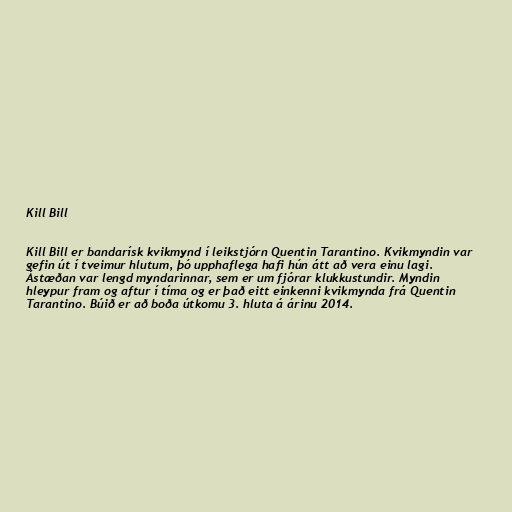
Kill Bill

Kill Bill er bandarísk kvikmynd í leikstjórn Quentin Tarantino. Kvikmyndin var
gefin út í tveimur hlutum, þó upphaflega hafi hún átt að vera einu lagi.
Ástæðan var lengd myndarinnar, sem er um fjórar klukkustundir. Myndin
hleypur fram og aftur í tíma og er það eitt einkenni kvikmynda frá Quentin
Tarantino. Búið er að boða útkomu 3. hluta á árinu 2014.